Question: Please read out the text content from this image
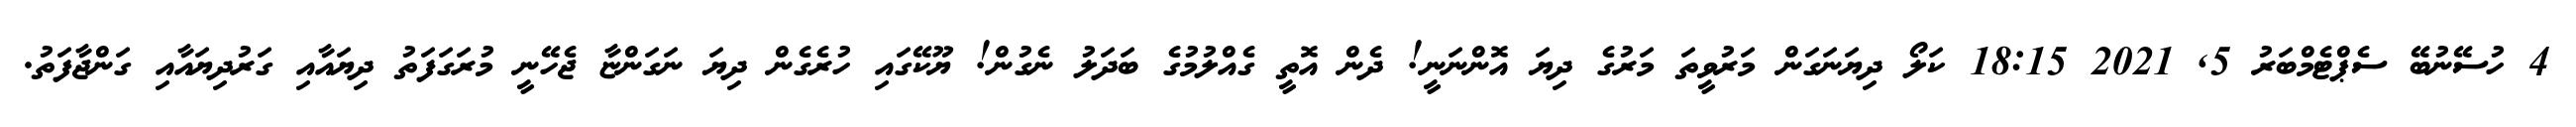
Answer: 4 ހުސޭނުބޭ ސެޕްޓެމްބަރު 5, 2021 18:15 ކަލޯ ދިޔަނަގަން މަރުވީތަ މަރުގެ ދިޔަ އޮންނަނީ! ދެން އޮތީ ގެއްލުމުގެ ބަދަލު ނެގުން! ޔޫކޭގައި ހުރެގެން ދިޔަ ނަގަންޏާ ޖެހޭނީ މުރަގަފަތު ދިޔައާއި ގަރުދިޔައާއި ގަންޖާފަތު.